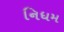
નિધમ